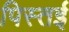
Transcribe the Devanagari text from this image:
पिस्तई